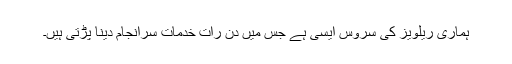
ہماری ریلویز کی سروس ایسی ہے جس میں دن رات خدمات سرانجام دینا پڑتی ہیں۔